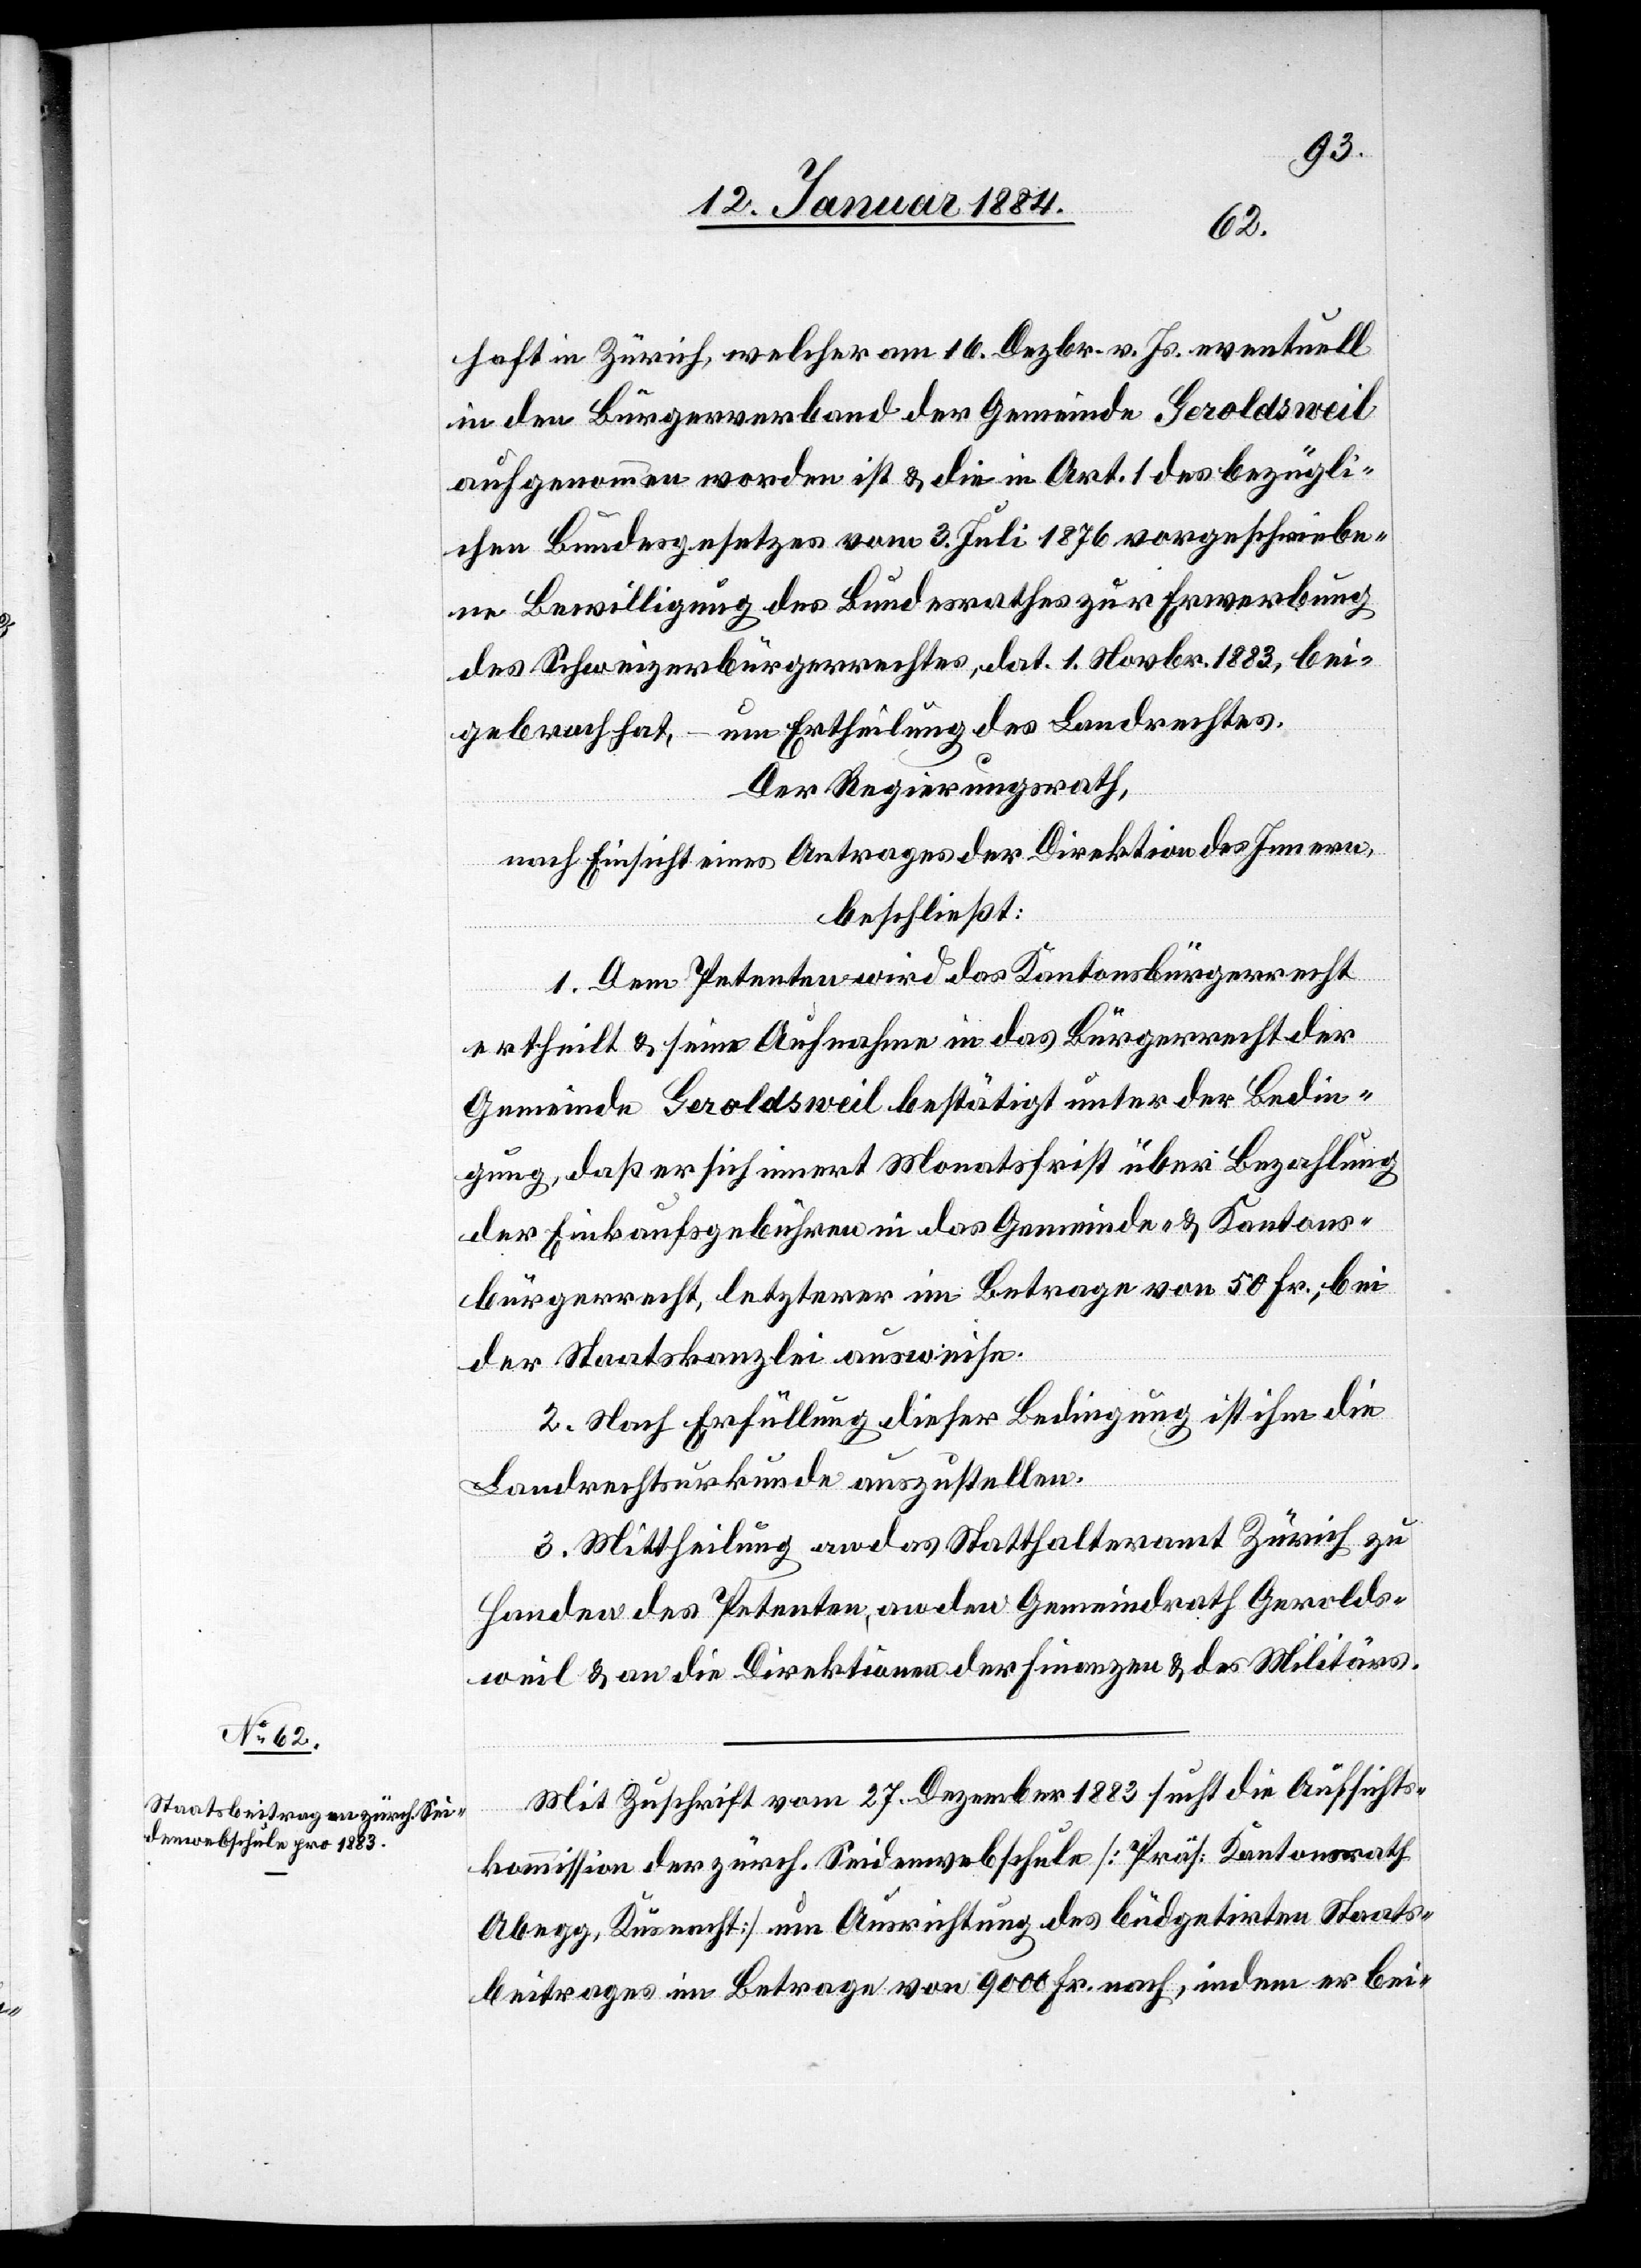
haft in Zürich, welcher am 16. Dezbr. v. Js. eventuell
in den Bürgerverband der Gemeinde Geroldsweil
aufgenommen worden ist & die in Art. 1 des bezügli¬
chen Bundesgesetzes vom 3. Juli 1876 vorgeschriebe¬
ne Bewilligung des Bundesrathes zur Erwerbung
des Schweizerbürgerrechtes, dat. 1. Novbr. 1883, bei¬
gebracht hat, – um Ertheilung des Landrechtes.
Der Regierungsrath,
nach Einsicht eines Antrages der Direktion des Innern,
beschließt:
1. Dem Petenten wird das Kantonsbürgerrecht
ertheilt & seine Aufnahme in das Bürgerrecht der
Gemeinde Geroldsweil bestätigt unter der Bedin¬
gung, daß er sich innert Monatsfrist über Bezahlung
der Einkaufsgebühren in das Gemeinde- & Kantons¬
bürgerrecht, letzterer im Betrag von 50 Fr., bei
der Staatskanzlei ausweise.
2. Nach Erfüllung dieser Bedingung ist ihm die
Landrechtsurkunde auszustellen.
3. Mittheilung an das Statthalteramt Zürich zu
Handen des Petenten, an den Gemeindrath Gerolds¬
weil & an die Direktionen der Finanzen & des Militärs.
Mit Zuschrift vom 27. Dezember 1883 sucht die Aufsichts¬
kommission der zürch. Seidenwebschule [Präs. Kantonsrath
Abegg, Küsnacht] um Ausrichtung des büdgetirten Staats¬
beitrages im Betrage von 9000 Fr. nach, indem er bei-